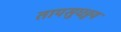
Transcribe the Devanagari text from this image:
तापसुघट्टय